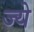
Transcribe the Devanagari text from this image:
ज्ये